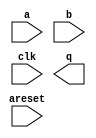

module fp_gt_arria10 (
	a,
	areset,
	b,
	clk,
	q);	

	input	[31:0]	a;
	input		areset;
	input	[31:0]	b;
	input		clk;
	output	[0:0]	q;
endmodule